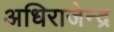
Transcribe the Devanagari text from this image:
अधिराजेन्द्र